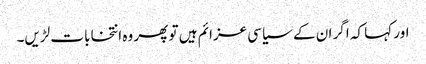
اور کہا کہ اگر ان کے سیاسی عزائم ہیں تو پھر وہ انتخابات لڑیں۔